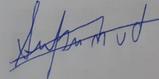
Signature authenticity: forged